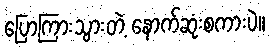
ပြောကြားသွားတဲ့ နောက်ဆုံးစကားပဲ။